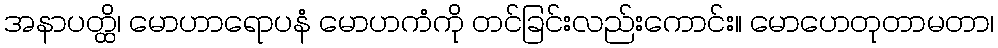
အနာပတ္ထိ၊ မောဟာရောပနံ မောဟကံကို တင်ခြင်းလည်းကောင်း။ မောဟေတုတာမတာ၊